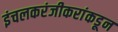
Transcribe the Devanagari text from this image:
इंचलकरंजीकरांकडून